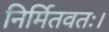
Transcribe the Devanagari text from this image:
निर्मितवतः।